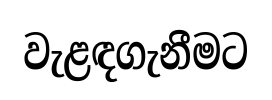
වැළඳගැනීමට